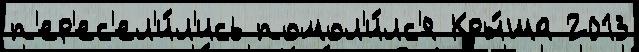
п'ер'ес'ел'и́л'ись помол'и́лс'я Кры́ша 2013